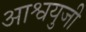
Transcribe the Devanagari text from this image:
आश्वयुजी